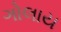
ગોલાય